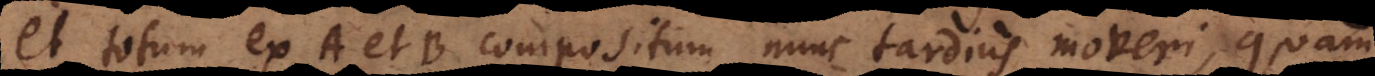
et totum ex A et B compositum nunc tardius moveri, quam